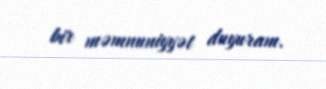
bir məmnuniyyət duyuram.